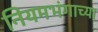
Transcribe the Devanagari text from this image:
नियमभंगाच्या